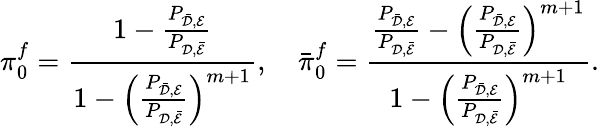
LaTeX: \pi_{0}^{f}=\frac{1-\frac{P_{\bar{{\cal{D}}},{\cal{E}}}}{P_{{\cal{D}},\bar{{\cal{E}}}}}}{1-\left(\frac{P_{\bar{{\cal{D}}},{\cal{E}}}}{P_{{\cal{D}},\bar{{\cal{E}}}}}\right)^{m+1}},\quad\bar{\pi}_{0}^{f}=\frac{\frac{P_{\bar{{\cal{D}}},{\cal{E}}}}{P_{{\cal{D}},\bar{{\cal{E}}}}}-\left(\frac{P_{\bar{{\cal{D}}},{\cal{E}}}}{P_{{\cal{D}},\bar{{\cal{E}}}}}\right)^{m+1}}{1-\left(\frac{P_{\bar{{\cal{D}}},{\cal{E}}}}{P_{{\cal{D}},\bar{{\cal{E}}}}}\right)^{m+1}}.